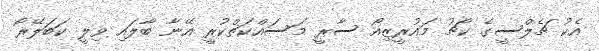
އެކު ޗެލްސީގެ ކޯޗު މައުރީޒިއޯ ސާރީ މަސައްކަތްކުރީ އޭނާ ބާލައި ވިލީ ކަބަލޭރޯ